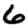
Digit: 6